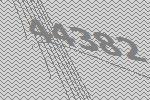
44382